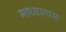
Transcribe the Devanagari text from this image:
माध्यश्थम